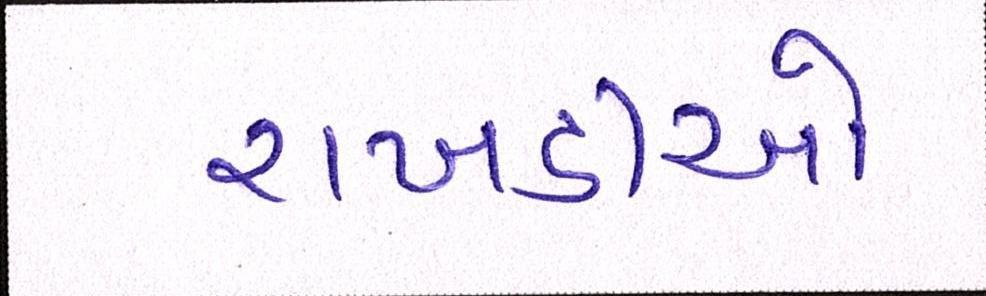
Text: રાખડીઓ